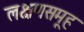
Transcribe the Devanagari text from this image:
लक्षणसमूह